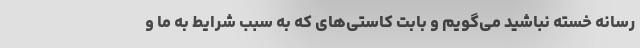
رسانه خسته نباشید می‌گویم و بابت کاستی‌های که به سبب شرایط به ما و